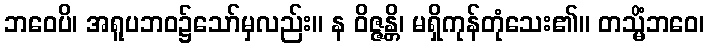
ဘဝေပိ၊ အရူပဘဝ၌သော်မှလည်း။ န ဝိဇ္ဇန္တိ၊ မရှိကုန်တုံသေး၏။ တသ္မိံဘဝေ၊